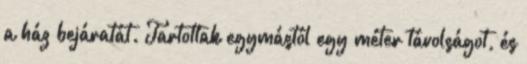
a ház bejáratát. Tartottak egymástól egy méter távolságot, és